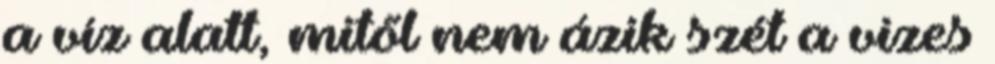
a víz alatt, mitől nem ázik szét a vizes